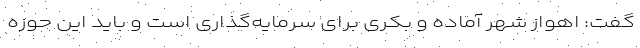
گفت: اهواز شهر آماده و بکری برای سرمایه‌گذاری است و باید این حوزه